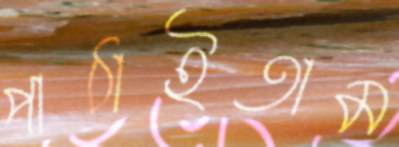
পাঠাইতাম